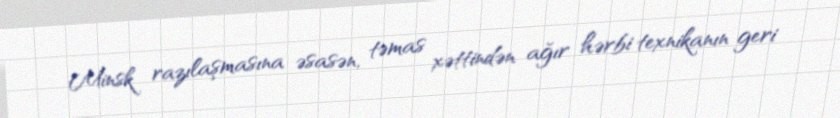
Minsk razılaşmasına əsasən, təmas xəttindən ağır hərbi texnikanın geri